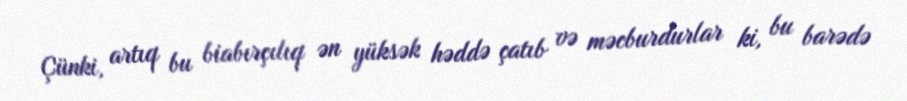
Çünki, artıq bu biabırçılıq ən yüksək həddə çatıb və məcburdurlar ki, bu barədə